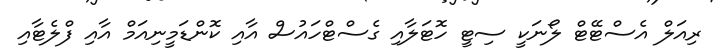
ރިއަލް އެސްޓޭޓް ލޯނަކީ ސިޓީ ހޮޓަލާއި ގެސްޓްހައުސް އާއި ކޮންޑަމީނިއަމް އާއި ފްލެޓާއި